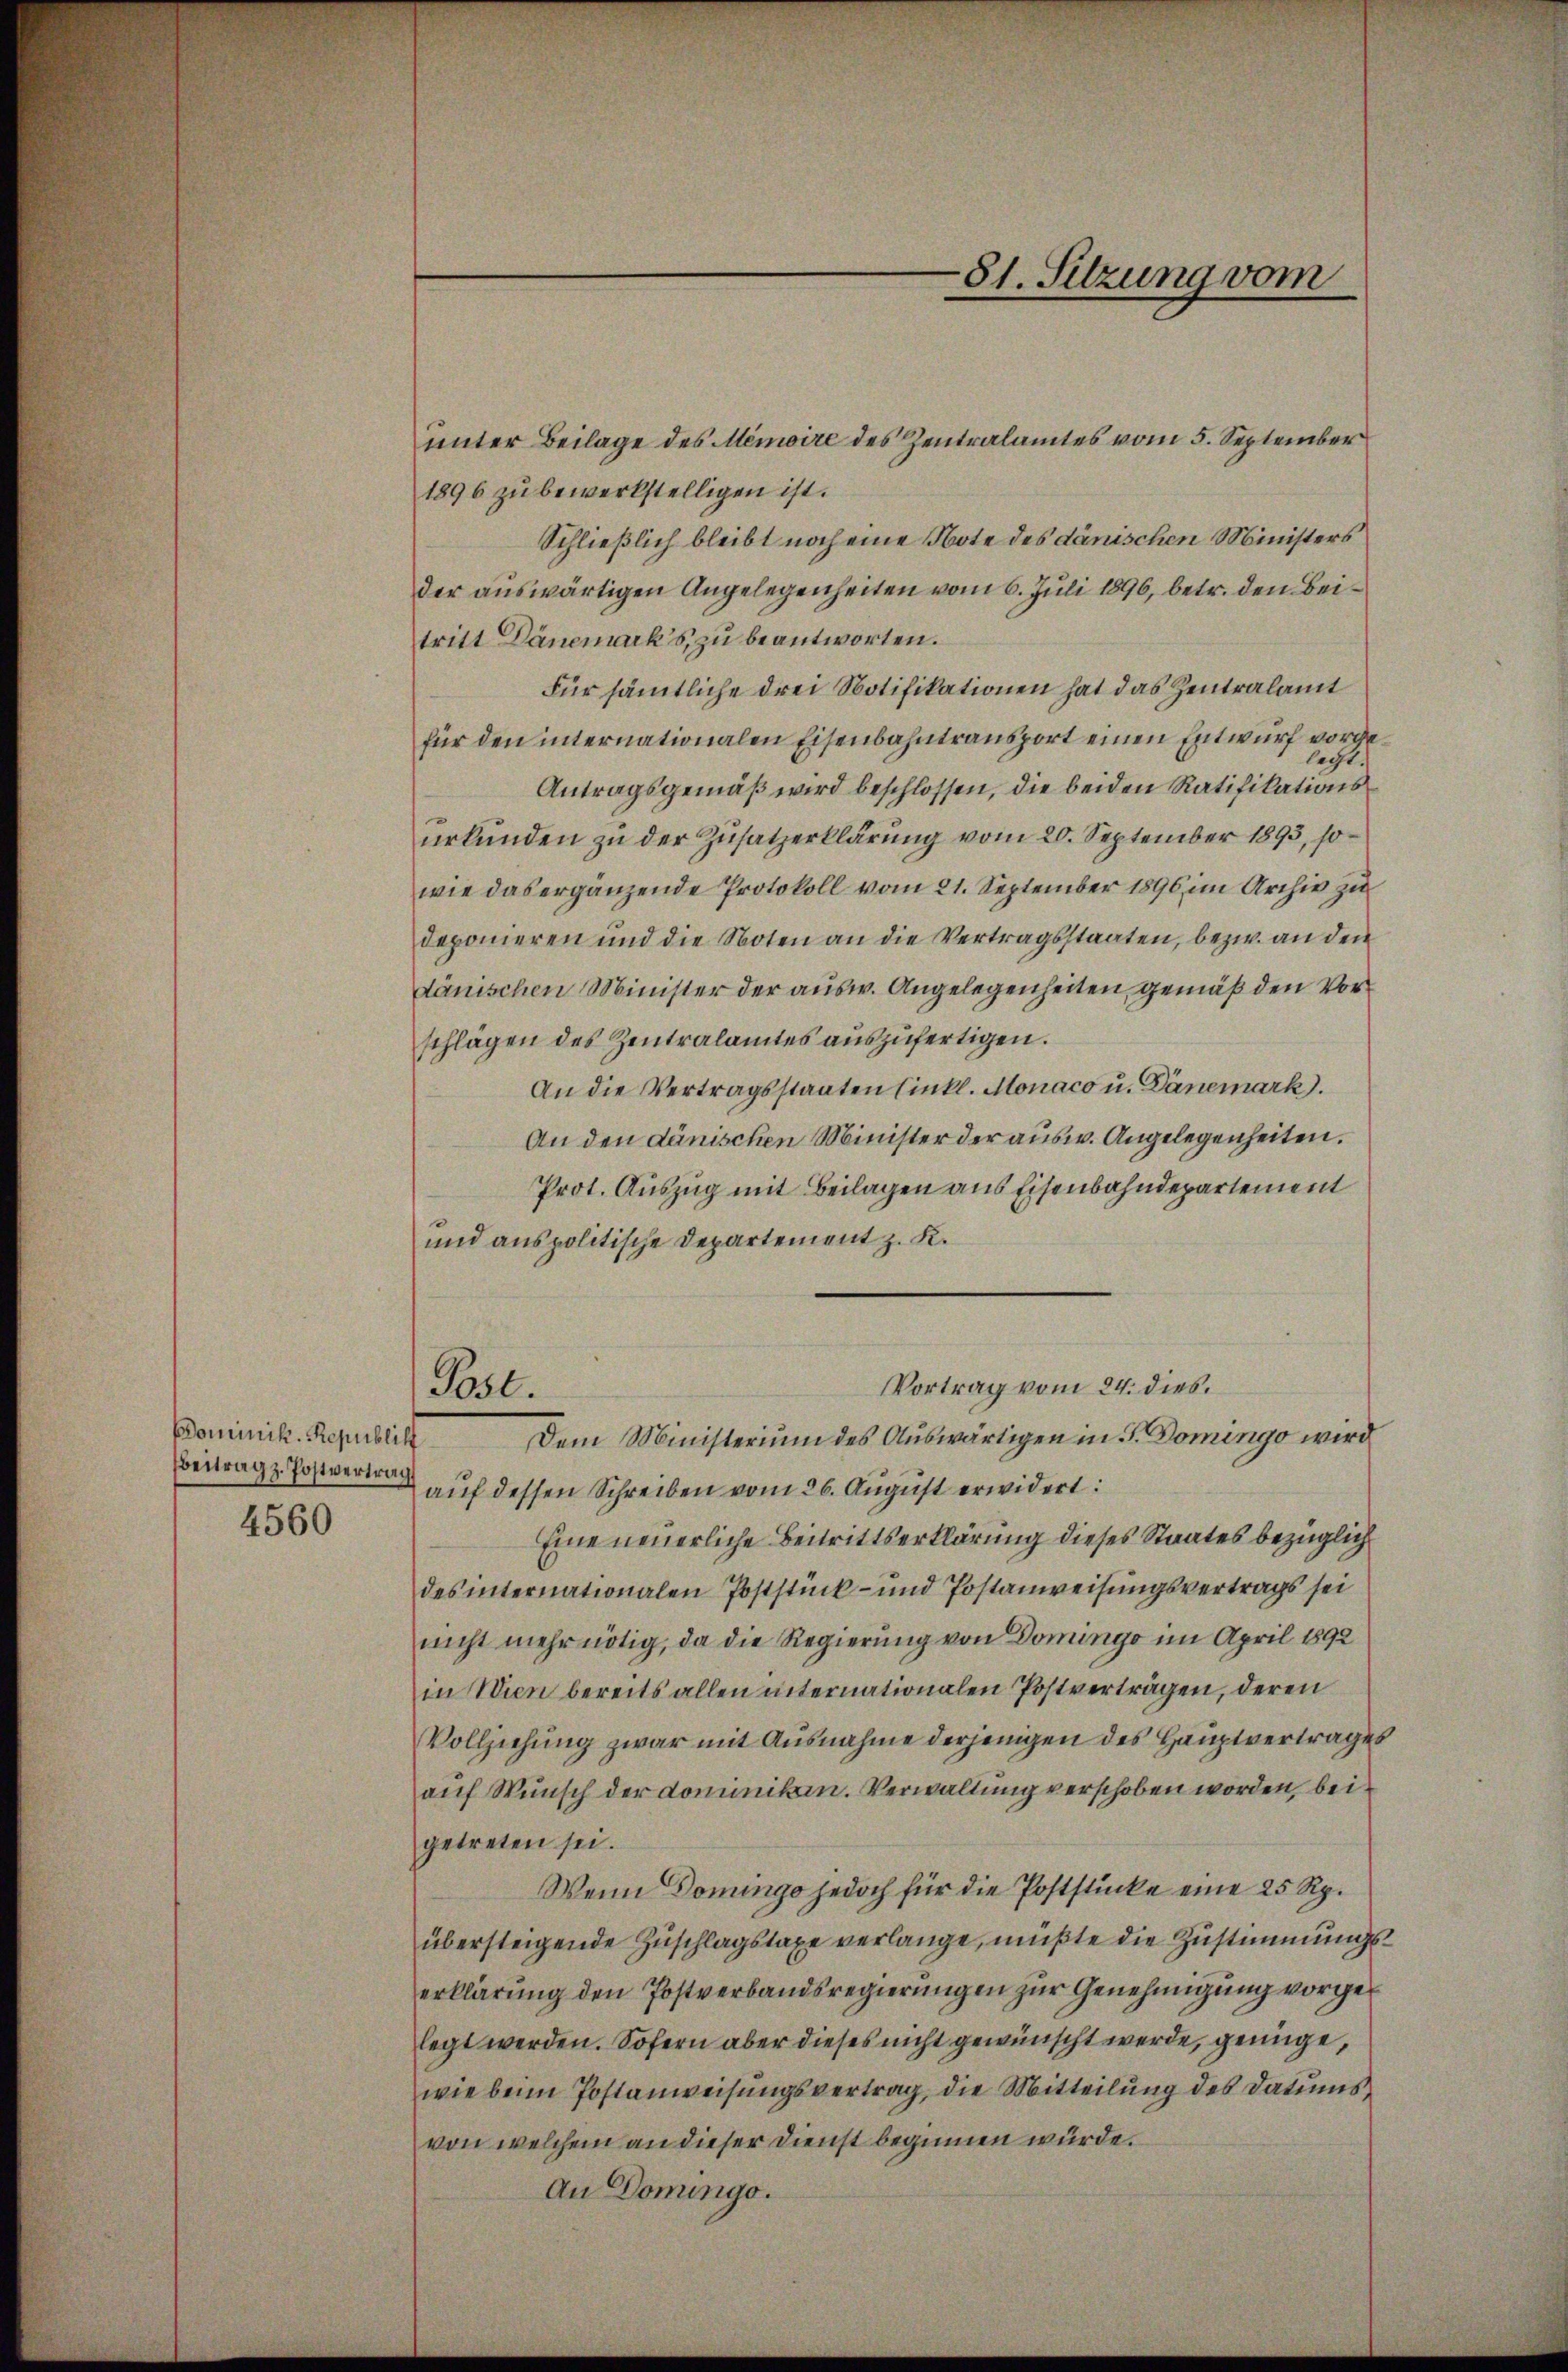
Bominik. Republich
Beitrag z. Postvertrag

4560

unter Beilage des Memoire des Zentralamtes vom 5. September
1896 zu bewerkstelligen ist.
Schließlich bleibt noch eine Note des dänischen Ministers
der auswärtigen Angelegenheiten vom 6. Juli 1896, betr. den Beitritt Dänemark's, zu beantworten.
Für sämmtliche drei Notifikationen hat das Zentralamt
für den internationalen Eisenbahntransport einen Entwurf vorgelecht.
Antragsgemäß wird beschlossen, die beiden Ratifikationsurkunden zu der Zusatzerklärung vom 20. September 1893, sowie das ergänzende Protokoll vom 21. September 1896 im Archiv zu
deponieren und die Noten an die Vertragsstaaten, bezw. an den
dänischen Minister der ausw. Angelegenheiten, gemäß den Vorschlägen des Zentralamtes auszufertigen.
An die Vertragsstaaten Einkl. Monaco u. Dänemark.
An den dänischen Minister der ausw. Angelegenheiten.
Prot. Auszug mit Beilagen aus Eisenbahndepartement
und anspolitische Departement z. K.
VVortrag vom 24. dies.
Post.
Dem Ministerium des Auswärtigen in J. Domingo wird
auf dessen Schreiben vom 26. August erwidert:
Eine neuerliche Beitrittserklärung dieses Staates bezüglich
des internationalen Poststück- und Postanweisungsvertrags sei
nicht mehr nötig, da die Regierung von Domingo im April 1892
in Wien bereits allen internationalen Postverträgen, deren
Vollziehung zwar mit Ausnahme derjenigen des Hauptvertrages
auf Wunsch der dominiken. Verwaltung verschoben worden, bei
getreten sei.
Wenn Donngo jedoch für die Poststücke eine 25 Rp.
übersteigende Zuschlagstage verlange, müßte die Zustimmungserklärung den Postverbandsregierungen zur Genehmigung vorgelegt werden. Sofern aber dieses nicht gewünscht werde, genüge,
wie beim Postanweisungsvertrag, die Mitteilung des Datums
von welchem an dieser Dienst beginnen würde.
An Domingo.

81. Sitzung vom

2